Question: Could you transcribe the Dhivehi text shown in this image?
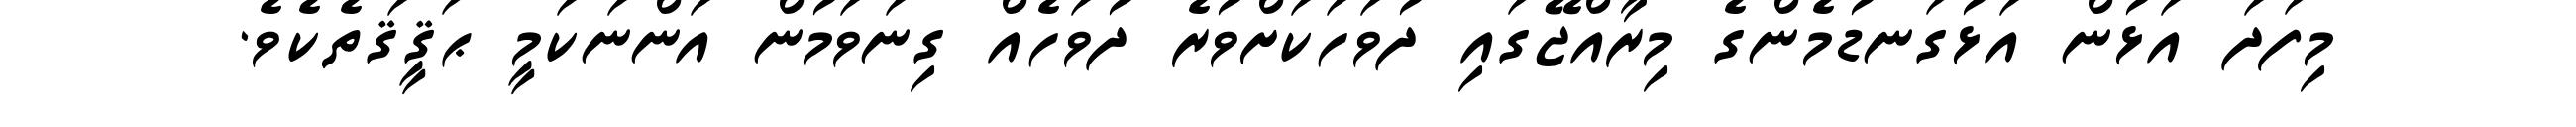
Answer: މިފަދަ އަޅުން އަޅުގަނޑުމެންގެ މިރާއްޖޭގައި ދުވަހަކަށްވުރެ ދުވަހެއް ގިނަވަމުން އަންނަކަމީ ޙަޤީޤަތެކެވެ.